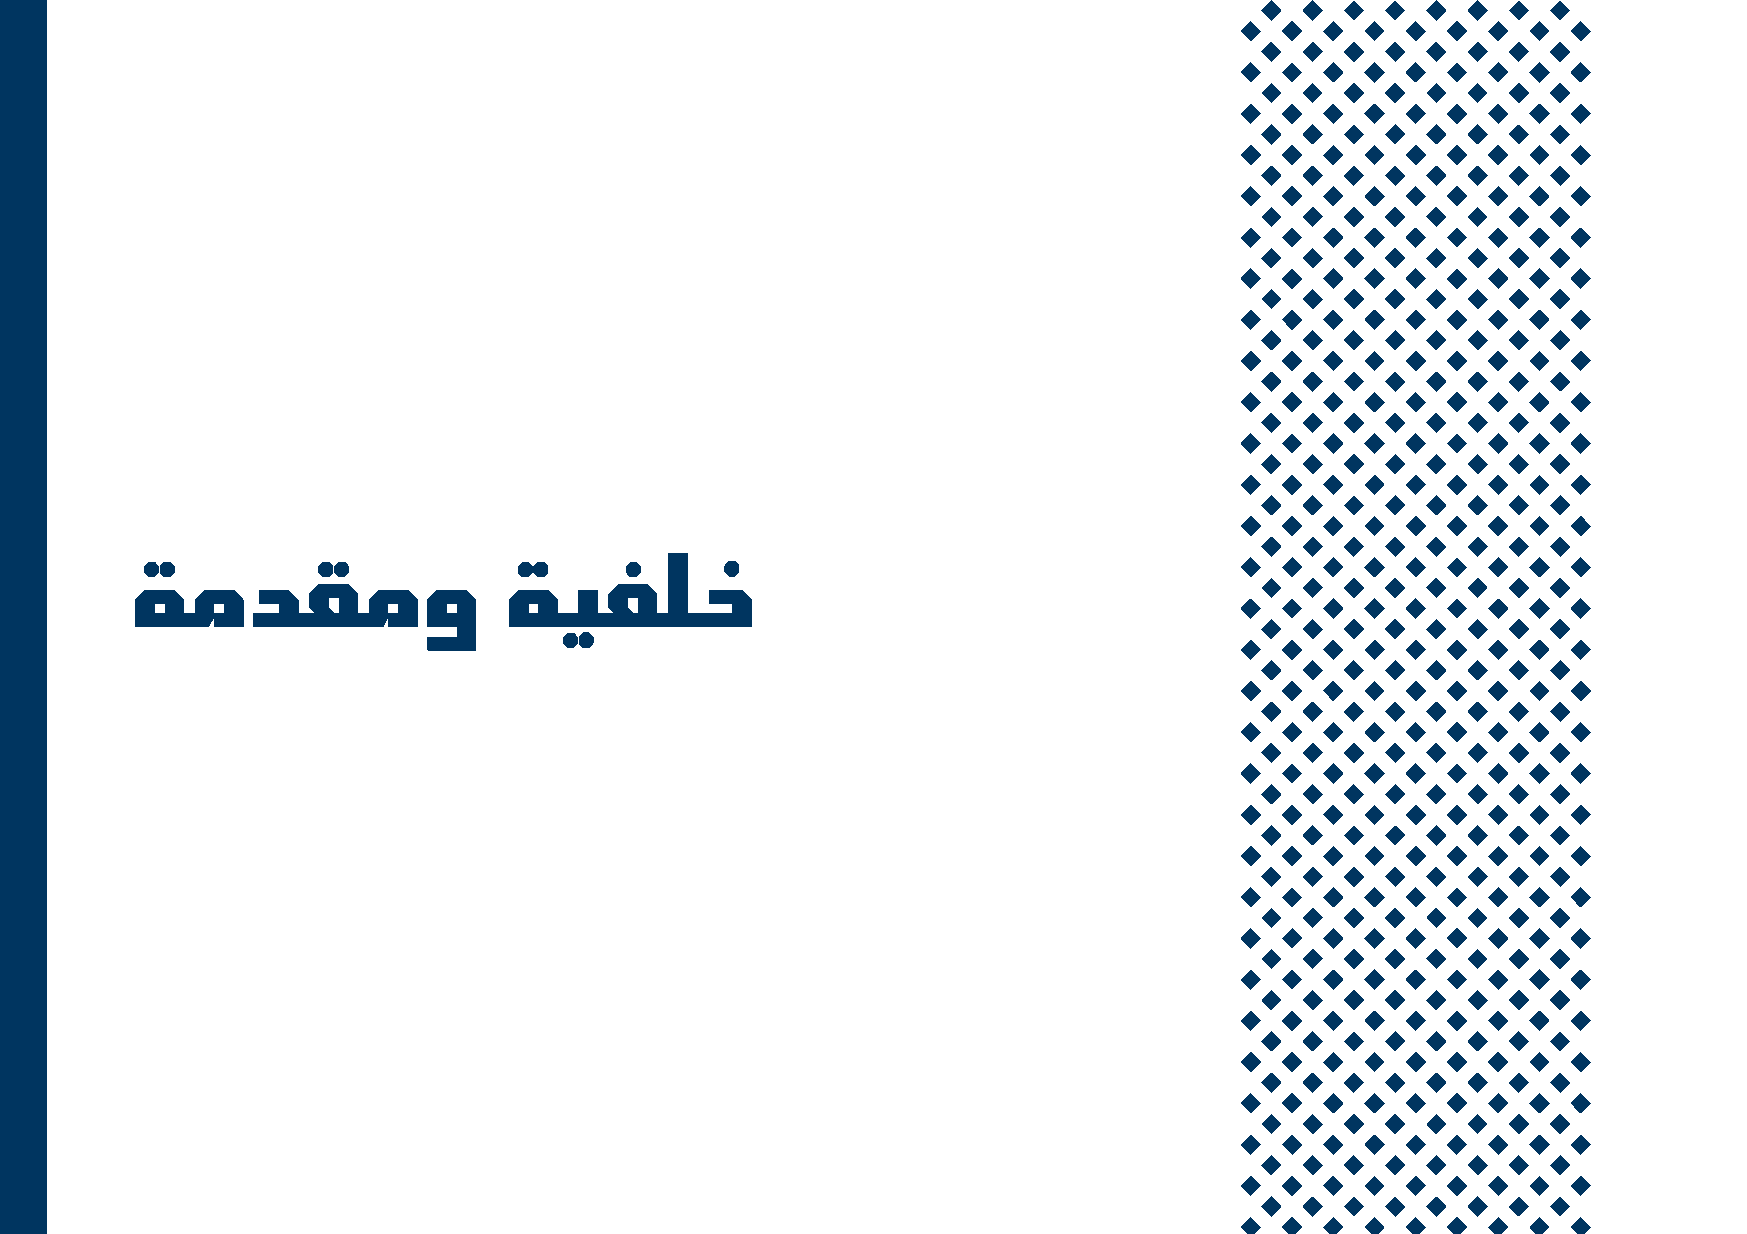
ةمدقمو                   ةيفلخ